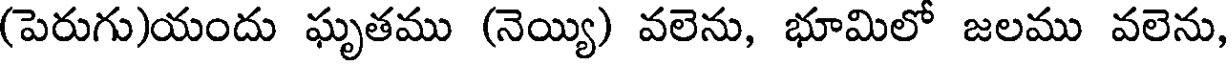
(పెరుగు)యందు ఘృతము (నెయ్యి) వలెను, భూమిలో జలము వలెను,